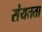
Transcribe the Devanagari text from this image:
संयतता